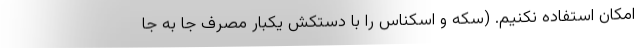
امکان استفاده نکنیم. (سکه و اسکناس را با دستکش یکبار مصرف جا به جا